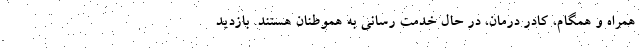
همراه و همگام، کادر درمان، در حال خدمت رسانی به هموطنان هستند. بازدید